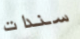
سندات